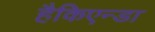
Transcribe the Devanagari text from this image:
हैकिएन्डा